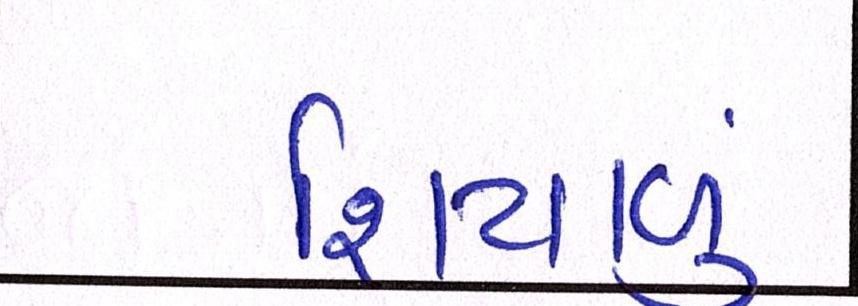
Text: શિયાળુ